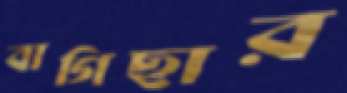
বাগিছার